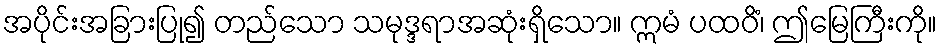
အပိုင်းအခြားပြု၍ တည်သော သမုဒ္ဒရာအဆုံးရှိသော။ ဣမံ ပထဝိံ၊ ဤမြေကြီးကို။